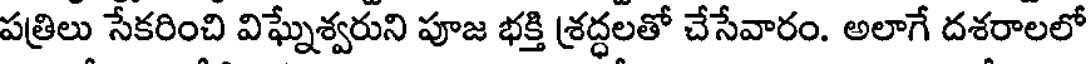
పత్రిలు సేకరించి విఘ్నేశ్వరుని పూజ భక్తి శ్రద్ధలతో చేసేవారం. అలాగే దశరాలలో